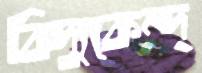
বিদ্যুকেন্দ্